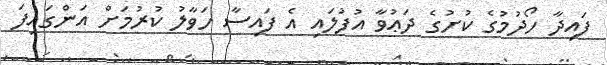
ފައިދާ ހޯދުމުގެ ކުށުގެ ދަޢުވާ އުފުލައި އެ ފައިސާ ހަވާލު ކުރުމަށް އަންގައިފަ